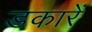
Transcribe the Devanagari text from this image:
डकारें